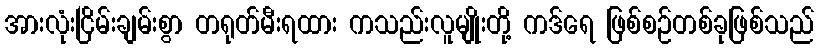
အားလုံးငြိမ်းချမ်းစွာ တရုတ်မီးရထား ကသည်းလူမျိုးတို့ ကဒ်ရေ ဖြစ်စဉ်တစ်ခုဖြစ်သည်